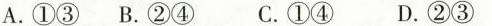
A.①③ B.②④ C.①④ D.②③